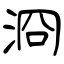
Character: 浻